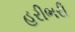
હરીભરી